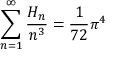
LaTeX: \sum _ { n = 1 } ^ { \infty } { \frac { H _ { n } } { n ^ { 3 } } } = { \frac { 1 } { 7 2 } } \pi ^ { 4 }